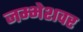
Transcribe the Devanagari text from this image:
जम्भेशवर